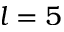
l = 5